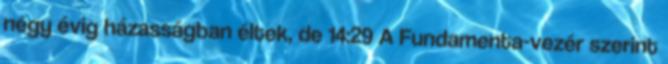
négy évig házasságban éltek, de 14:29 A Fundamenta-vezér szerint